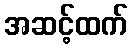
အဆင့်ထက်